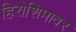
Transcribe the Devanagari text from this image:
हिरोशिमावर